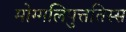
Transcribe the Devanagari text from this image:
मोग्गलिपुत्ततिस्स